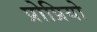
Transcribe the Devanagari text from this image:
प्रोप्रियो